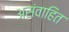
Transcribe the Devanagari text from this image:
असंवाहित